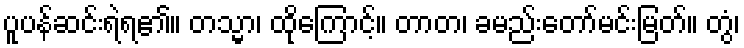
ပူပန်ဆင်းရဲရ၏။ တသ္မာ၊ ထိုကြောင့်။ တာတ၊ ခမည်းတော်မင်းမြတ်။ တွံ၊